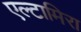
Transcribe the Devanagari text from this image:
एल्टामिरा